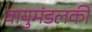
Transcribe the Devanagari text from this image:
वायुमंडलकी